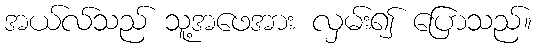
အယ်လ်သည် သူ့အဖေအား လှမ်း၍ ပြောသည်။